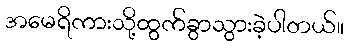
အမေရိကားသို့ထွက်ခွာသွားခဲ့ပါတယ်။